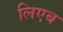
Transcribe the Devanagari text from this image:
लिएब